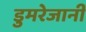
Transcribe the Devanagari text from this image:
डुमरेजानी